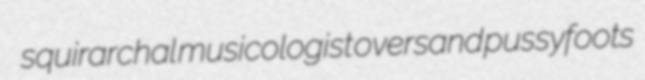
squirarchal musicologist oversand pussyfoots